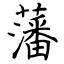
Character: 藩